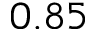
0 . 8 5